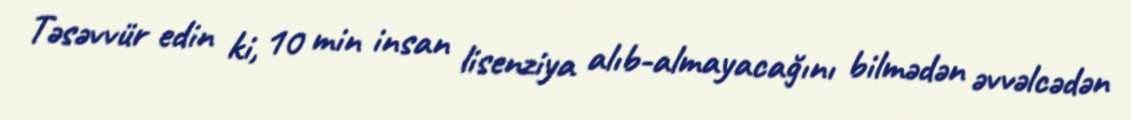
Təsəvvür edin ki, 10 min insan lisenziya alıb-almayacağını bilmədən əvvəlcədən